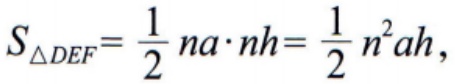
\[S_{\triangle DEF}=\frac{1}{2}na\cdot nh=\frac{1}{2}n^{2}ah,\]